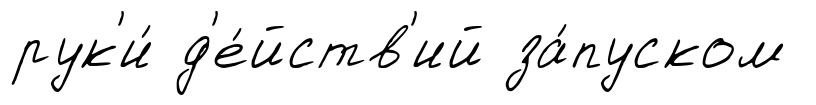
рук'и́ д'е́йств'ий за́пуском